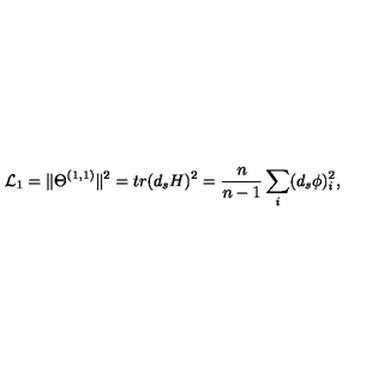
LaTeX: { \cal L } _ { 1 } = \Vert \Theta ^ { ( 1 , 1 ) } \Vert ^ { 2 } = t r ( d _ { s } H ) ^ { 2 } = \frac { n } { n - 1 } \sum _ { i } ( d _ { s } \phi ) _ { i } ^ { 2 } ,